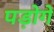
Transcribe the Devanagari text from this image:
पड़ोगे